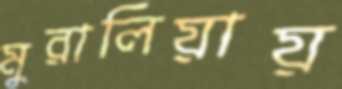
মুরালিয়ায়